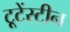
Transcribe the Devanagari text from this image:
टूटेंस्टीन